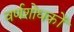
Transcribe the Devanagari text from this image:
वर्णशोधकों